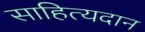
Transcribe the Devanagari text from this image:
साहित्यदान